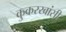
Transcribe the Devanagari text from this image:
कुकरखांसी